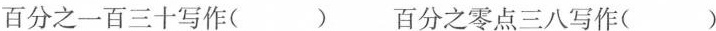
百分之一百三十写作( ) 百分之零点三八写作( )